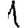
Digit: 1